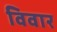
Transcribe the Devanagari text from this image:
विवार